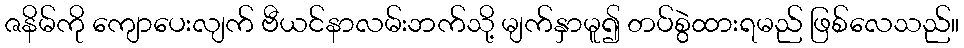
ဇနိမ်ကို ကျောပေးလျက် ဗီယင်နာလမ်းဘက်သို့ မျက်နှာမူ၍ တပ်စွဲထားရမည် ဖြစ်လေသည်။